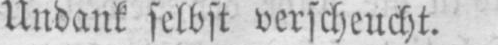
Undank selbst verscheucht.